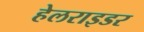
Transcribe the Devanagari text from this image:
हेलराइडर